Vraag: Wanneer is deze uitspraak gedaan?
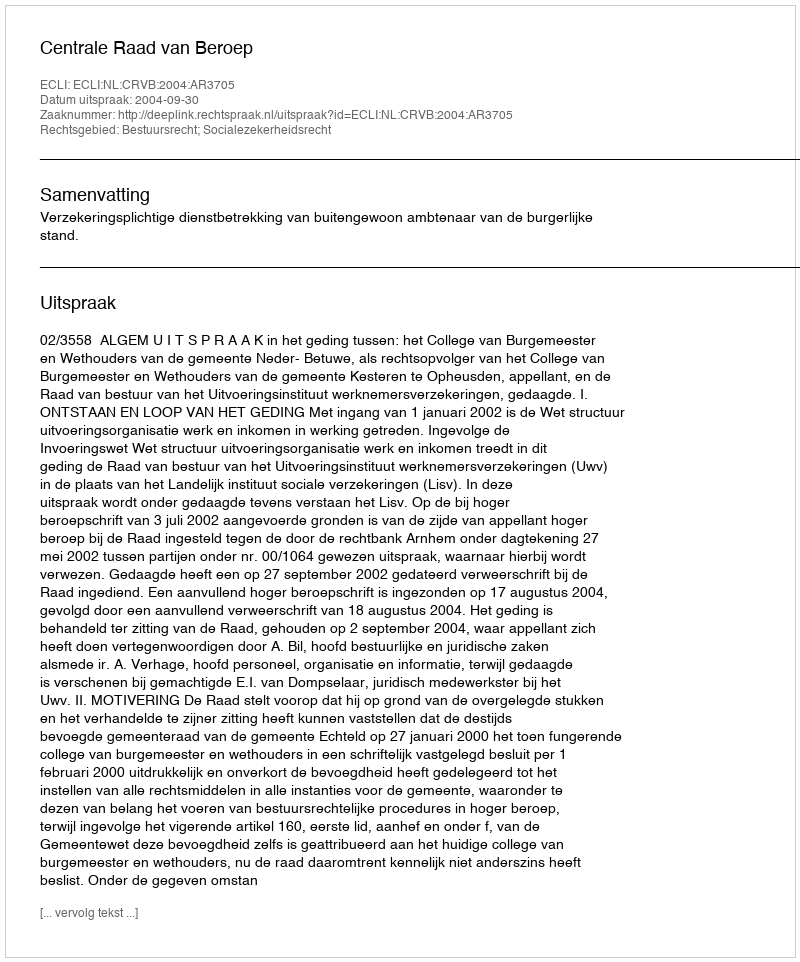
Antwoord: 2004-09-30